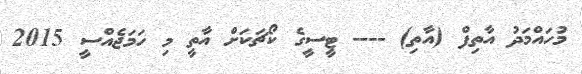
މުހައްމަދު އާތިފް (އާތި) ---- ޓީސީގެ ކޯޗަަކަށް އާތީ މި ހަމަޖެއްްސީ 2015